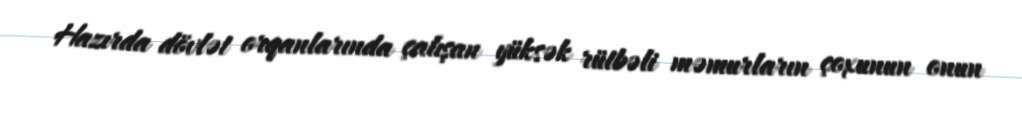
Hazırda dövlət orqanlarında çalışan yüksək rütbəli məmurların çoxunun onun